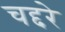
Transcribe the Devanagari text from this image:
चद्दरे